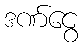
ဒဏ်ငွေ